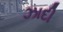
ઝાદી